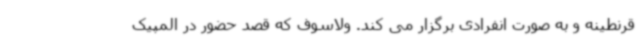
قرنطینه و به صورت انفرادی برگزار می کند. ولاسوف که قصد حضور در المپیک